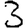
Digit: 3